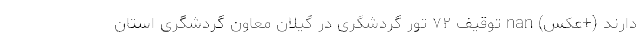
دارند (+عکس) nan توقیف ۷۲ تور گردشگری در گیلان معاون گردشگری استان